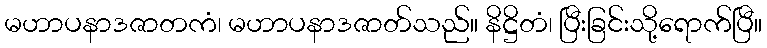
မဟာပနာဒဇာတကံ၊ မဟာပနာဒဇာတ်သည်။ နိဋ္ဌိတံ၊ ပြီးခြင်းသို့ရောက်ပြီ။